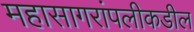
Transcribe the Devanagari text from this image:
महासागरांपलीकडील